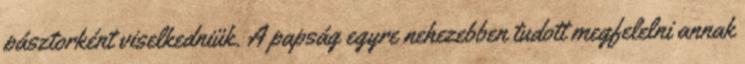
pásztorként viselkedniük. A papság egyre nehezebben tudott megfelelni annak